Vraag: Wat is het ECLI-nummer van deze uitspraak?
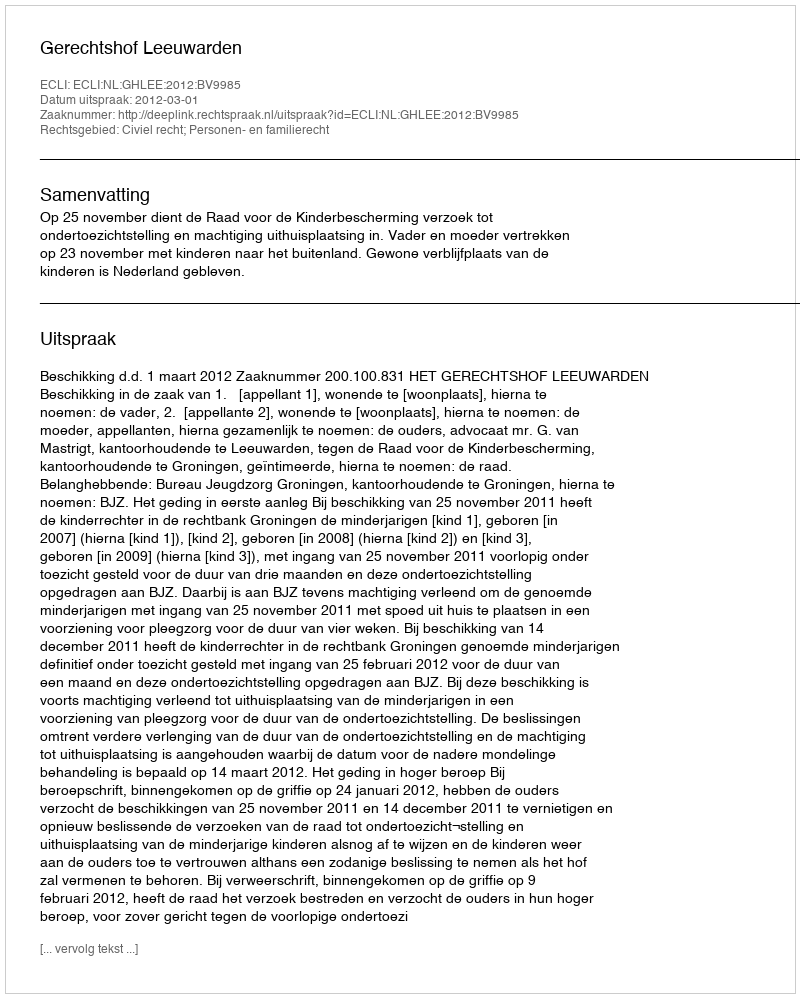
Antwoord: ECLI:NL:GHLEE:2012:BV9985